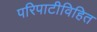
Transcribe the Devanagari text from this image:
परिपाटीविहित